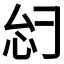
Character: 𫹸